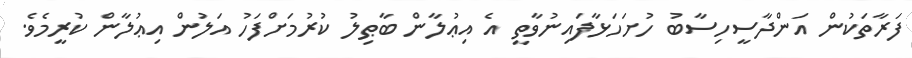
ފަރާތަކުން އަންދާސީހިސާބު ހުށަހަޅާފައިނުވާތީ އެ އިޢުލާން ބާޠިލު ކުރުމަށްފަހު އަލުން އިޢުލާން ކުރީމެވެ.